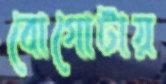
বোগোটায়